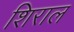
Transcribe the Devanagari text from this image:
शिराल